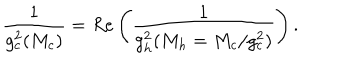
LaTeX: \frac { 1 } { g _ { c } ^ { 2 } ( M _ { c } ) } = R e \left( \frac { 1 } { g _ { h } ^ { 2 } ( M _ { h } = M _ { c } / g _ { c } ^ { 2 } ) } \right) .